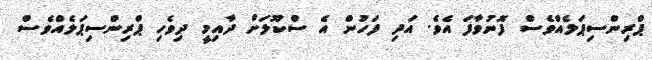
ޕްރިންސިޕަލެއްވެސް ފޮނުވާފަ އެވެ. އަދި ފަހުން އެ ސްކޫލަށް ދާއިމީ ދިވެހި ޕްރިންސިޕަލެއްވެސް